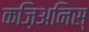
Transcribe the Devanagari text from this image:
कज़िअनिस्